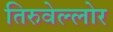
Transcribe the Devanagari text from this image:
तिरुवेल्लोर